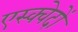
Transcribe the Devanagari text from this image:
एस्क्वेदों